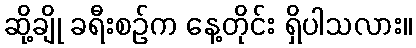
ဆို့ချို ခရီးစဉ်က နေ့တိုင်း ရှိပါသလား။